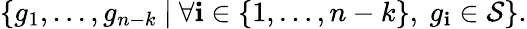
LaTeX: \left\{ g_{1},\ldots,g_{n-k}\ |\ \forall\mathbf{i}\in\left\{ 1,\ldots,n-k\right\} ,\ g_{\mathbf{i}}\in{\mathcal{{S}}}\right\} .